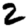
Digit: 2